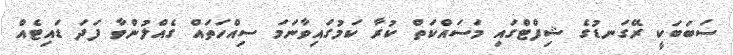
ސަބަބަކީ ރޭގަނޑުގެ ޝިފްޓްގައި މަސައްކަތް ކުރާ ކަމުގައިވާނަމަ ސިއްހަތައް ގެއްލުންވާ ފަދަ ޑައިޓެއް